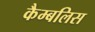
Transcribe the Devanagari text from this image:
कैम्बलिस